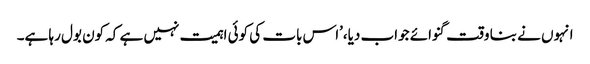
انہوں نے بنا وقت گنوائے جواب دیا،’اس بات کی کوئی اہمیت نہیں ہے کہ کون بول رہا ہے۔